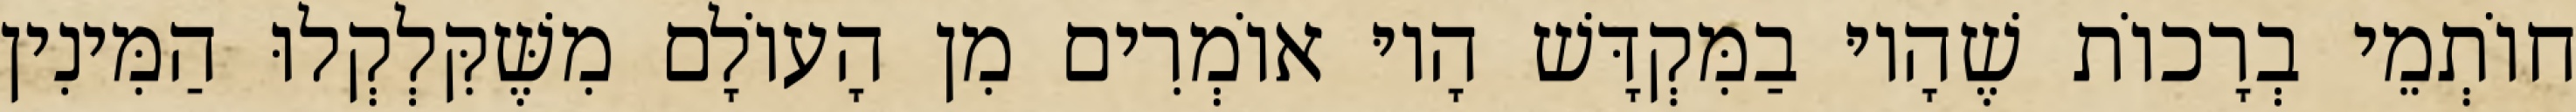
חוֹתְמֵי בְרָכוֹת שֶׁהָיוּ בַמִּקְדָּשׁ הָיוּ אוֹמְרִים מִן הָעוֹלָם מִשֶּׁקִּלְקְלוּ הַמִּינִין